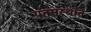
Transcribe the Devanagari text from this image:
पतसंस्थांत